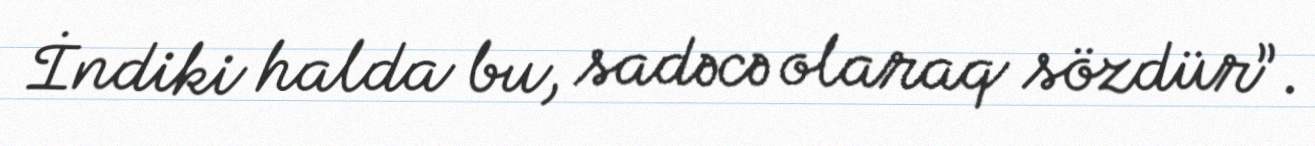
İndiki halda bu, sadəcə olaraq sözdür”.